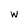
Character: W